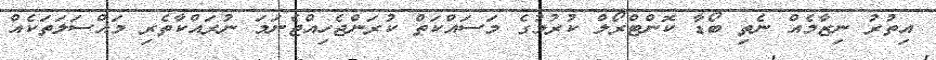
އިތުރު ނިޒާމެއް ނެތި ބޯޑާ ކޮންޓްރޯލް ކުރުމުގެ މަސައްކަތް ކުރަންޖެހިއްޖެނަމަ ނުރައްކާތެރި މައްސަލަތަކެއް